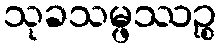
သုခသမ္ဖဿဉ္စ